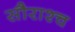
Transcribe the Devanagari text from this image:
सौराश्च